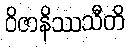
ဝိဇာနိဿသီတိ